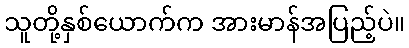
သူတို့နှစ်ယောက်က အားမာန်အပြည့်ပဲ။